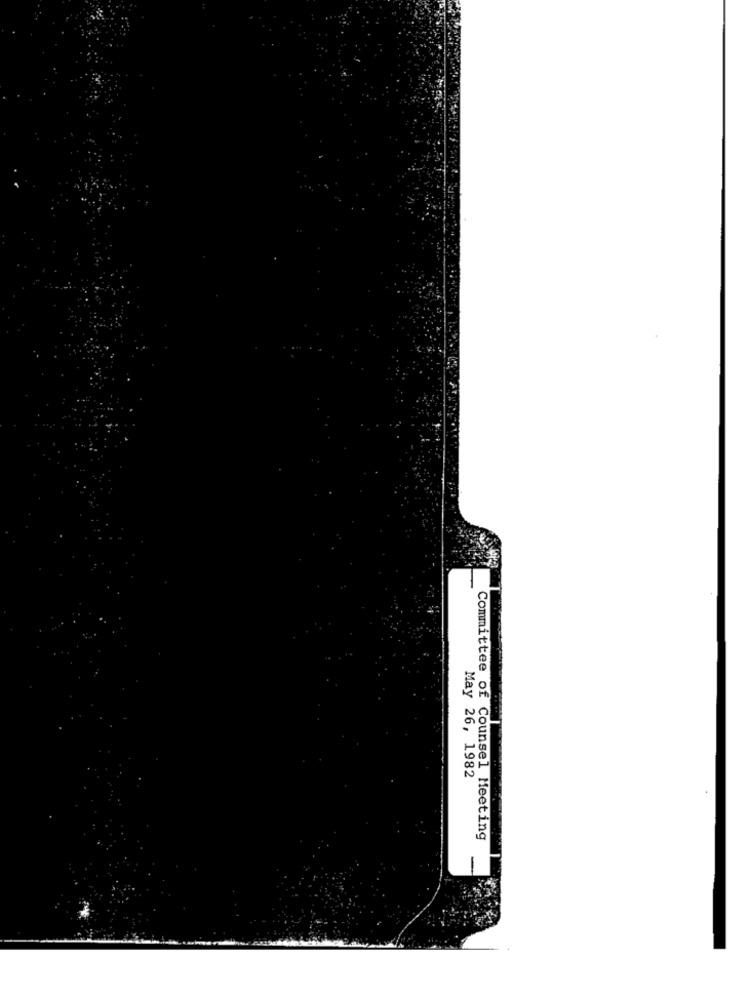
May 26, 1982
Committee of Counsel Meeting